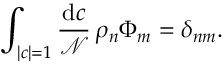
\int _ { | c | = 1 } { \frac { \mathrm { d } c } { \mathcal { N } } } \, \rho _ { n } \Phi _ { m } = \delta _ { n m } .